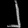
Digit: ၂